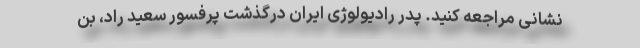
نشانی مراجعه کنید. پدر رادیولوژی ایران درگذشت پرفسور سعید راد، بن